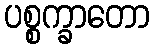
ပစ္စက္ခာတော